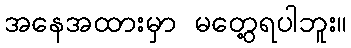
အနေအထားမှာ မတွေ့ရပါဘူး။